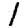
Digit: 1